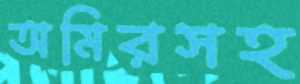
অমিরসহ